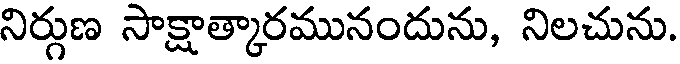
నిర్గుణ సాక్షాత్కారమునందును, నిలచును.